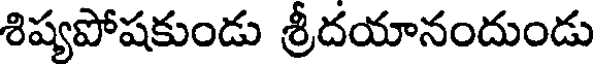
శిష్యపోషకుండు శ్రీదయానందుండు